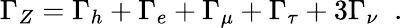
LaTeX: \Gamma_{Z}=\Gamma_{h}+\Gamma_{e}+\Gamma_{\mu}+\Gamma_{\tau}+3\Gamma_{\nu}\; \; .